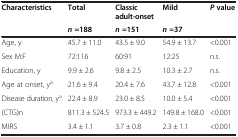
<table><thead><tr><td rowspan="2"><b>Characteristics</b></td><td><b>Total</b></td><td><b>Classic adult-onset</b></td><td><b>Mild</b></td><td rowspan="2"><b><i>P</i>value</b></td></tr><tr><td><b><i>n</i>=188</b></td><td><b><i>n</i>=151</b></td><td><b><i>n</i>=37</b></td></tr></thead><tbody><tr><td>Age, y</td><td>45.7 ± 11.0</td><td>43.5 ± 9.0</td><td>54.9 ± 13.7</td><td>&lt;0.001</td></tr><tr><td>Sex M:F</td><td>72:116</td><td>60:91</td><td>12:25</td><td>n.s.</td></tr><tr><td>Education, y</td><td>9.9 ± 2.6</td><td>9.8 ± 2.5</td><td>10.3 ± 2.7</td><td>n.s.</td></tr><tr><td>Age at onset, y<sup>a</sup></td><td>21.6 ± 9.4</td><td>20.4 ± 7.6</td><td>43.7 ± 12.8</td><td>&lt;0.001</td></tr><tr><td>Disease duration, y<sup>a</sup></td><td>22.4 ± 8.9</td><td>23.0 ± 8.5</td><td>10.0 ± 5.4</td><td>&lt;0.001</td></tr><tr><td>(CTG)n</td><td>811.3 ± 524.5</td><td>973.3 ± 449.2</td><td>149.8 ± 168.0</td><td>&lt;0.001</td></tr><tr><td>MIRS</td><td>3.4 ± 1.1</td><td>3.7 ± 0.8</td><td>2.3 ± 1.1</td><td>&lt;0.001</td></tr></tbody></table>